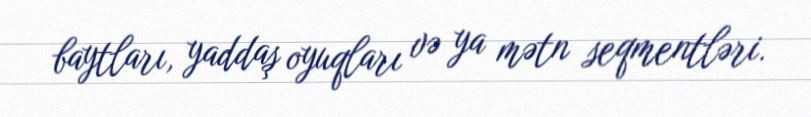
baytları, yaddaş oyuqları və ya mətn seqmentləri.